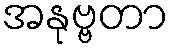
အနုဗ္ဗတာ